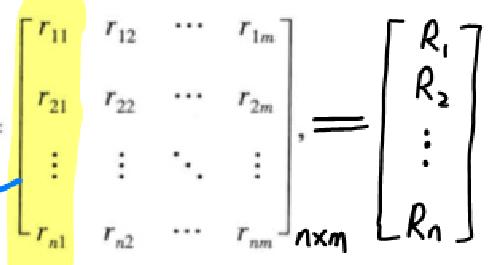
\[
\begin{bmatrix}
r_{11} & r_{12} & \cdots & r_{1m} \\
r_{21} & r_{22} & \cdots & r_{2m} \\
\vdots & \vdots & \ddots & \vdots \\
r_{n1} & r_{n2} & \cdots & r_{nm}
\end{bmatrix}_{n\times m}
=
\begin{bmatrix}
R_1 \\
R_2 \\
\vdots \\
R_n
\end{bmatrix}
\]